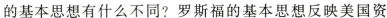
的基本思想有什么不同?罗斯福的基本思想反映美国资